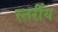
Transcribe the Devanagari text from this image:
स्तर्रीय